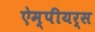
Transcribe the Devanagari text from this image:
ऐम्पीयर्स